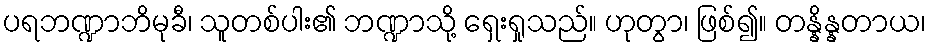
ပရဘဏ္ဍာဘိမုခီ၊ သူတစ်ပါး၏ ဘဏ္ဍာသို့ ရှေးရှုသည်။ ဟုတွာ၊ ဖြစ်၍။ တန္နိန္နတာယ၊